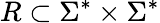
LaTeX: R\subset\Sigma^{*}\times\Sigma^{*}